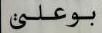
بوعلى